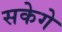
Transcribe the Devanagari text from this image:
सकेगे